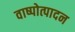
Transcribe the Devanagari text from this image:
वाष्पोत्पादन